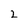
Character: 2